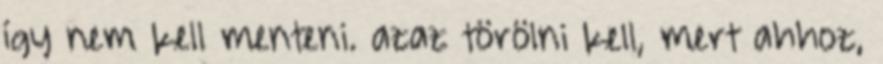
így nem kell menteni. azaz törölni kell, mert ahhoz,